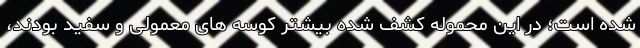
شده است؛ در این محموله کشف شده بیشتر کوسه های معمولی و سفید بودند،